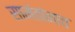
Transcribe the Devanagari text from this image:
सामंतांनाच